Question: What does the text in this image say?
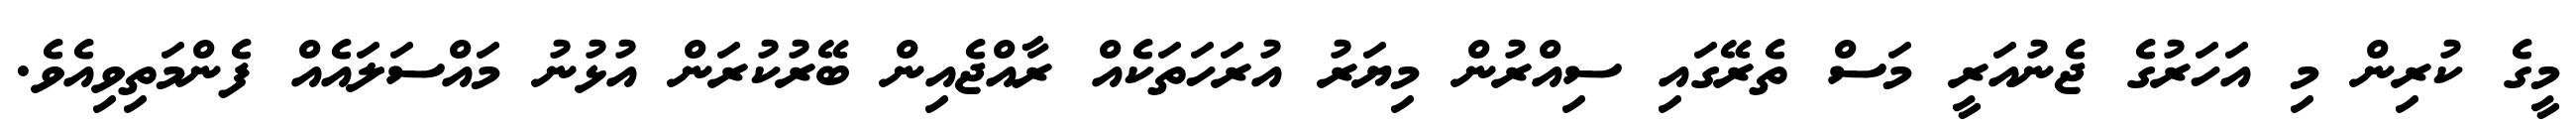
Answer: މީގެ ކުރިން މި އަހަރުގެ ޖެނުއަރީ މަސް ތެރޭގައި ސިއްރުން މިޔަރު އުރަހަތަކެއް ރާއްޖެއިން ބޭރުކުރަން އުޅުނު މައްސަލައެއް ފެންމަތިވިއެވެ.